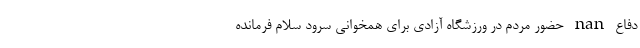
دفاع nan حضور مردم در ورزشگاه آزادی برای همخوانی سرود سلام فرمانده